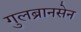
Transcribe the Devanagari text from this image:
गुलब्रानसेन